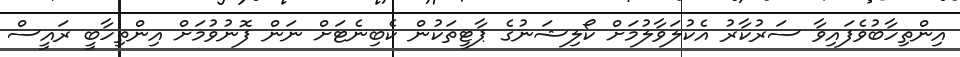
އިންތިހާބުވެފައިވާ ސަރުކާރު އެކުލަވާލުމަށް ކޯލިޝަނުގެ ޕާޓީތަކުން ކެބިނެޓަށް ނަން ފޮނުވުމަށް އިންތިހާބީ ރައީސް